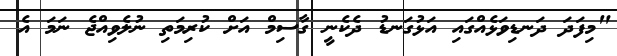
"މިފަދަަ ދަނޑިވަޅެއްގައި އަޅުގަނޑު ދެކެނީ ގާސިމް އަށް ކުރިމަަތި ނުލެވިއްޖެ ނަމަ އެ